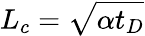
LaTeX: L_{c}=\sqrt{\alpha t_{D}}